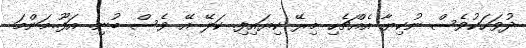
ދުވަހަކުވެސް ނުކިޔާ އެއްޗެހި މިރޭ ކިޔައިފި. ކަލޭ އޭ ވެސް ބުނި. އަފޫ..މަންމަ